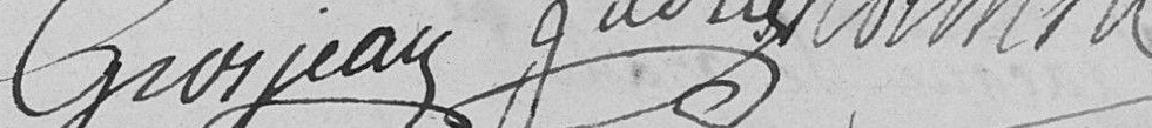
Grosjean